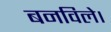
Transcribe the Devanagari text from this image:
बनविले।